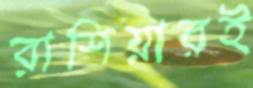
রাশিয়ারই